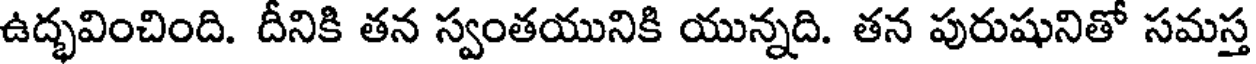
ఉద్భవించింది. దీనికి తన స్వంతయునికి యున్నది. తన పురుషునితో సమస్త